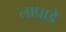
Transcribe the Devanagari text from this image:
लाप्राडे